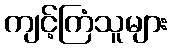
ကျင့်ကြံသူများ